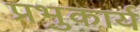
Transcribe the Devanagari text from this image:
प्रभुकार्य